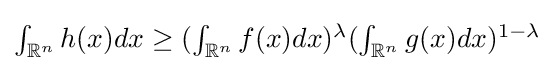
{\textstyle \int _{\mathbb {R} ^{n}}h(x)dx\geq (\int _{\mathbb {R} ^{n}}f(x)dx)^{\lambda }(\int _{\mathbb {R} ^{n}}g(x)dx)^{1-\lambda }}